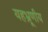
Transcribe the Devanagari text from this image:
यहभ्रूणीय